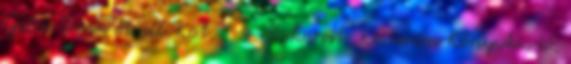
Gábor Dénes et all. Köt. 1-4. Bukarest: Kriterion Könyvkiadó,